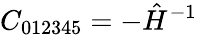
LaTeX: C_{012345}=-\hat{H}^{-1}